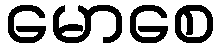
မောစေ